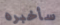
سأخبره